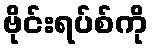
ဗိုင်းရပ်စ်ကို